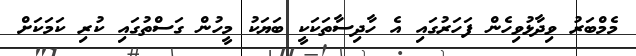
މެމްބަރު ވިދާޅުވިހެން ފަހަރުގައި އެ ހާދިސާތަކަކީ ބަޔަކު މީހުން ގަސްތުގައި ކުރި ކަމަކަށް